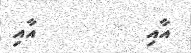
އާއި         އާއި